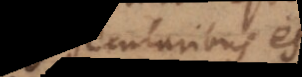
secularibus est